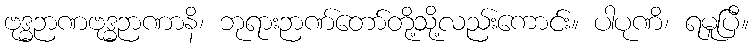
ဗုဒ္ဓဉာဏဗုဒ္ဓဉာဏာနိ၊ ဘုရားဉာဏ်တော်တို့သို့လည်းကောင်း။ ပါပုဏိ၊ ရမူပြီ။